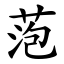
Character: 萢